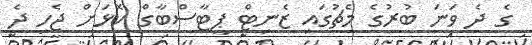
ގެ ދެ ވަނަ ބުރުގެ މެޗުގައި ޒެނިޓް ޕީޓާސްބާގް ކޮޅަށް ޖެހި ދެ